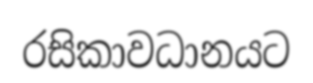
රසිකාවධානයට